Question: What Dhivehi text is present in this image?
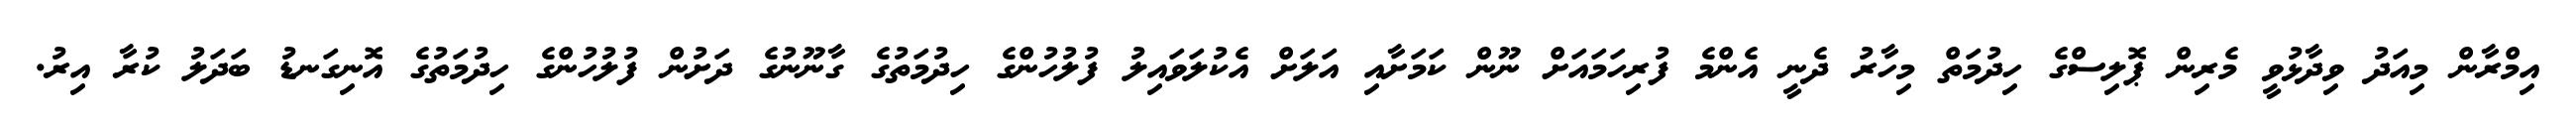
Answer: އިމްރާން މިއަދު ވިދާޅުވީ މެރިން ޕޮލިސްގެ ހިދުމަތް މިހާރު ދެނީ އެންމެ ފުރިހަމައަށް ނޫން ކަމަށާއި އަލަށް އެކުލަވައިލު ފުލުހުންގެ ހިދުމަތުގެ ގާނޫނުގެ ދަށުން ފުލުހުންގެ ހިދުމަތުގެ އޮނިގަނޑު ބަދަލު ކުރާ އިރު.